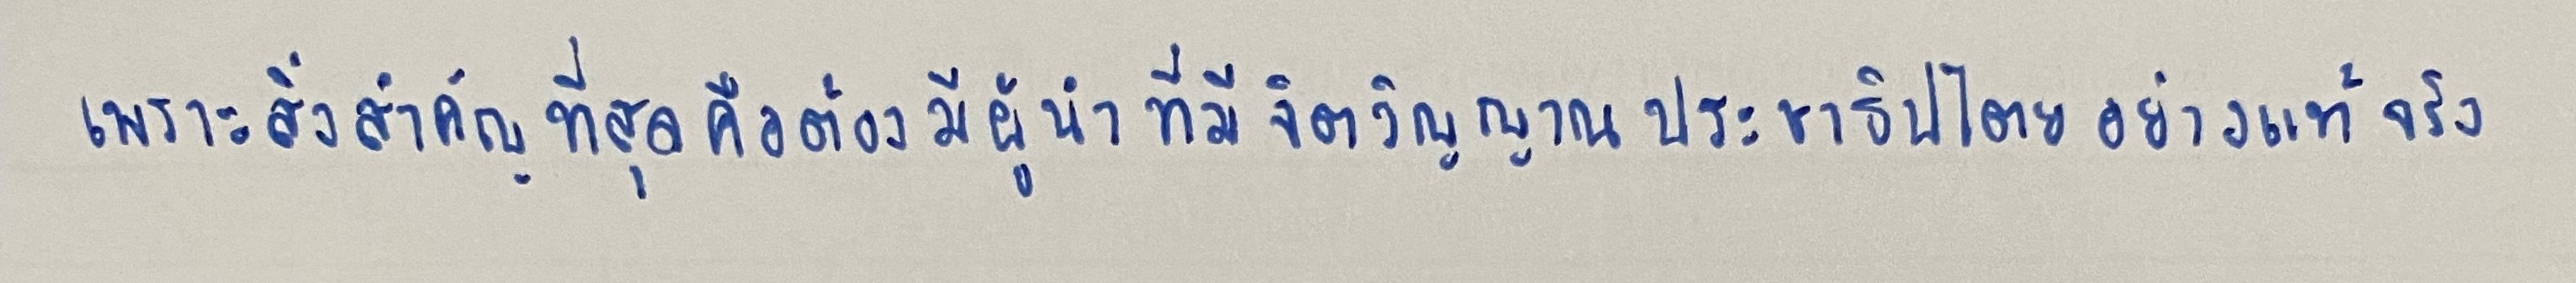
เพราะสิ่งสำคัญที่สุดคือต้องมีผู้นำที่มีจิตวิญญาณประชาธิปไตยอย่างแท้จริง